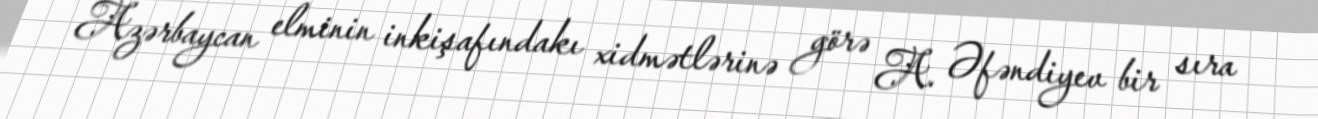
Azərbaycan elminin inkişafındakı xidmətlərinə görə A. Əfəndiyev bir sıra